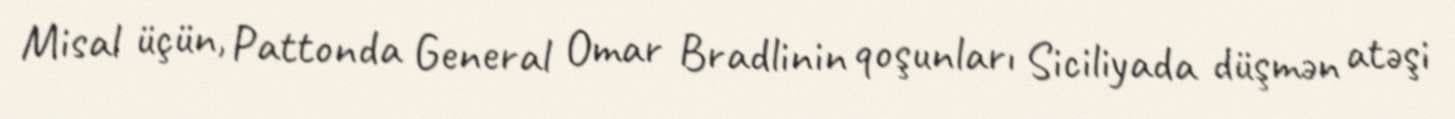
Misal üçün, Pattonda General Omar Bradlinin qoşunları Siciliyada düşmən atəşi